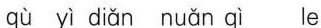
qù yì diǎn nuǎn qì le